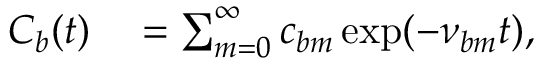
\begin{array} { r l } { C _ { b } ( t ) } & { { } = \sum _ { m = 0 } ^ { \infty } c _ { b m } \exp ( - \nu _ { b m } t ) , } \end{array}